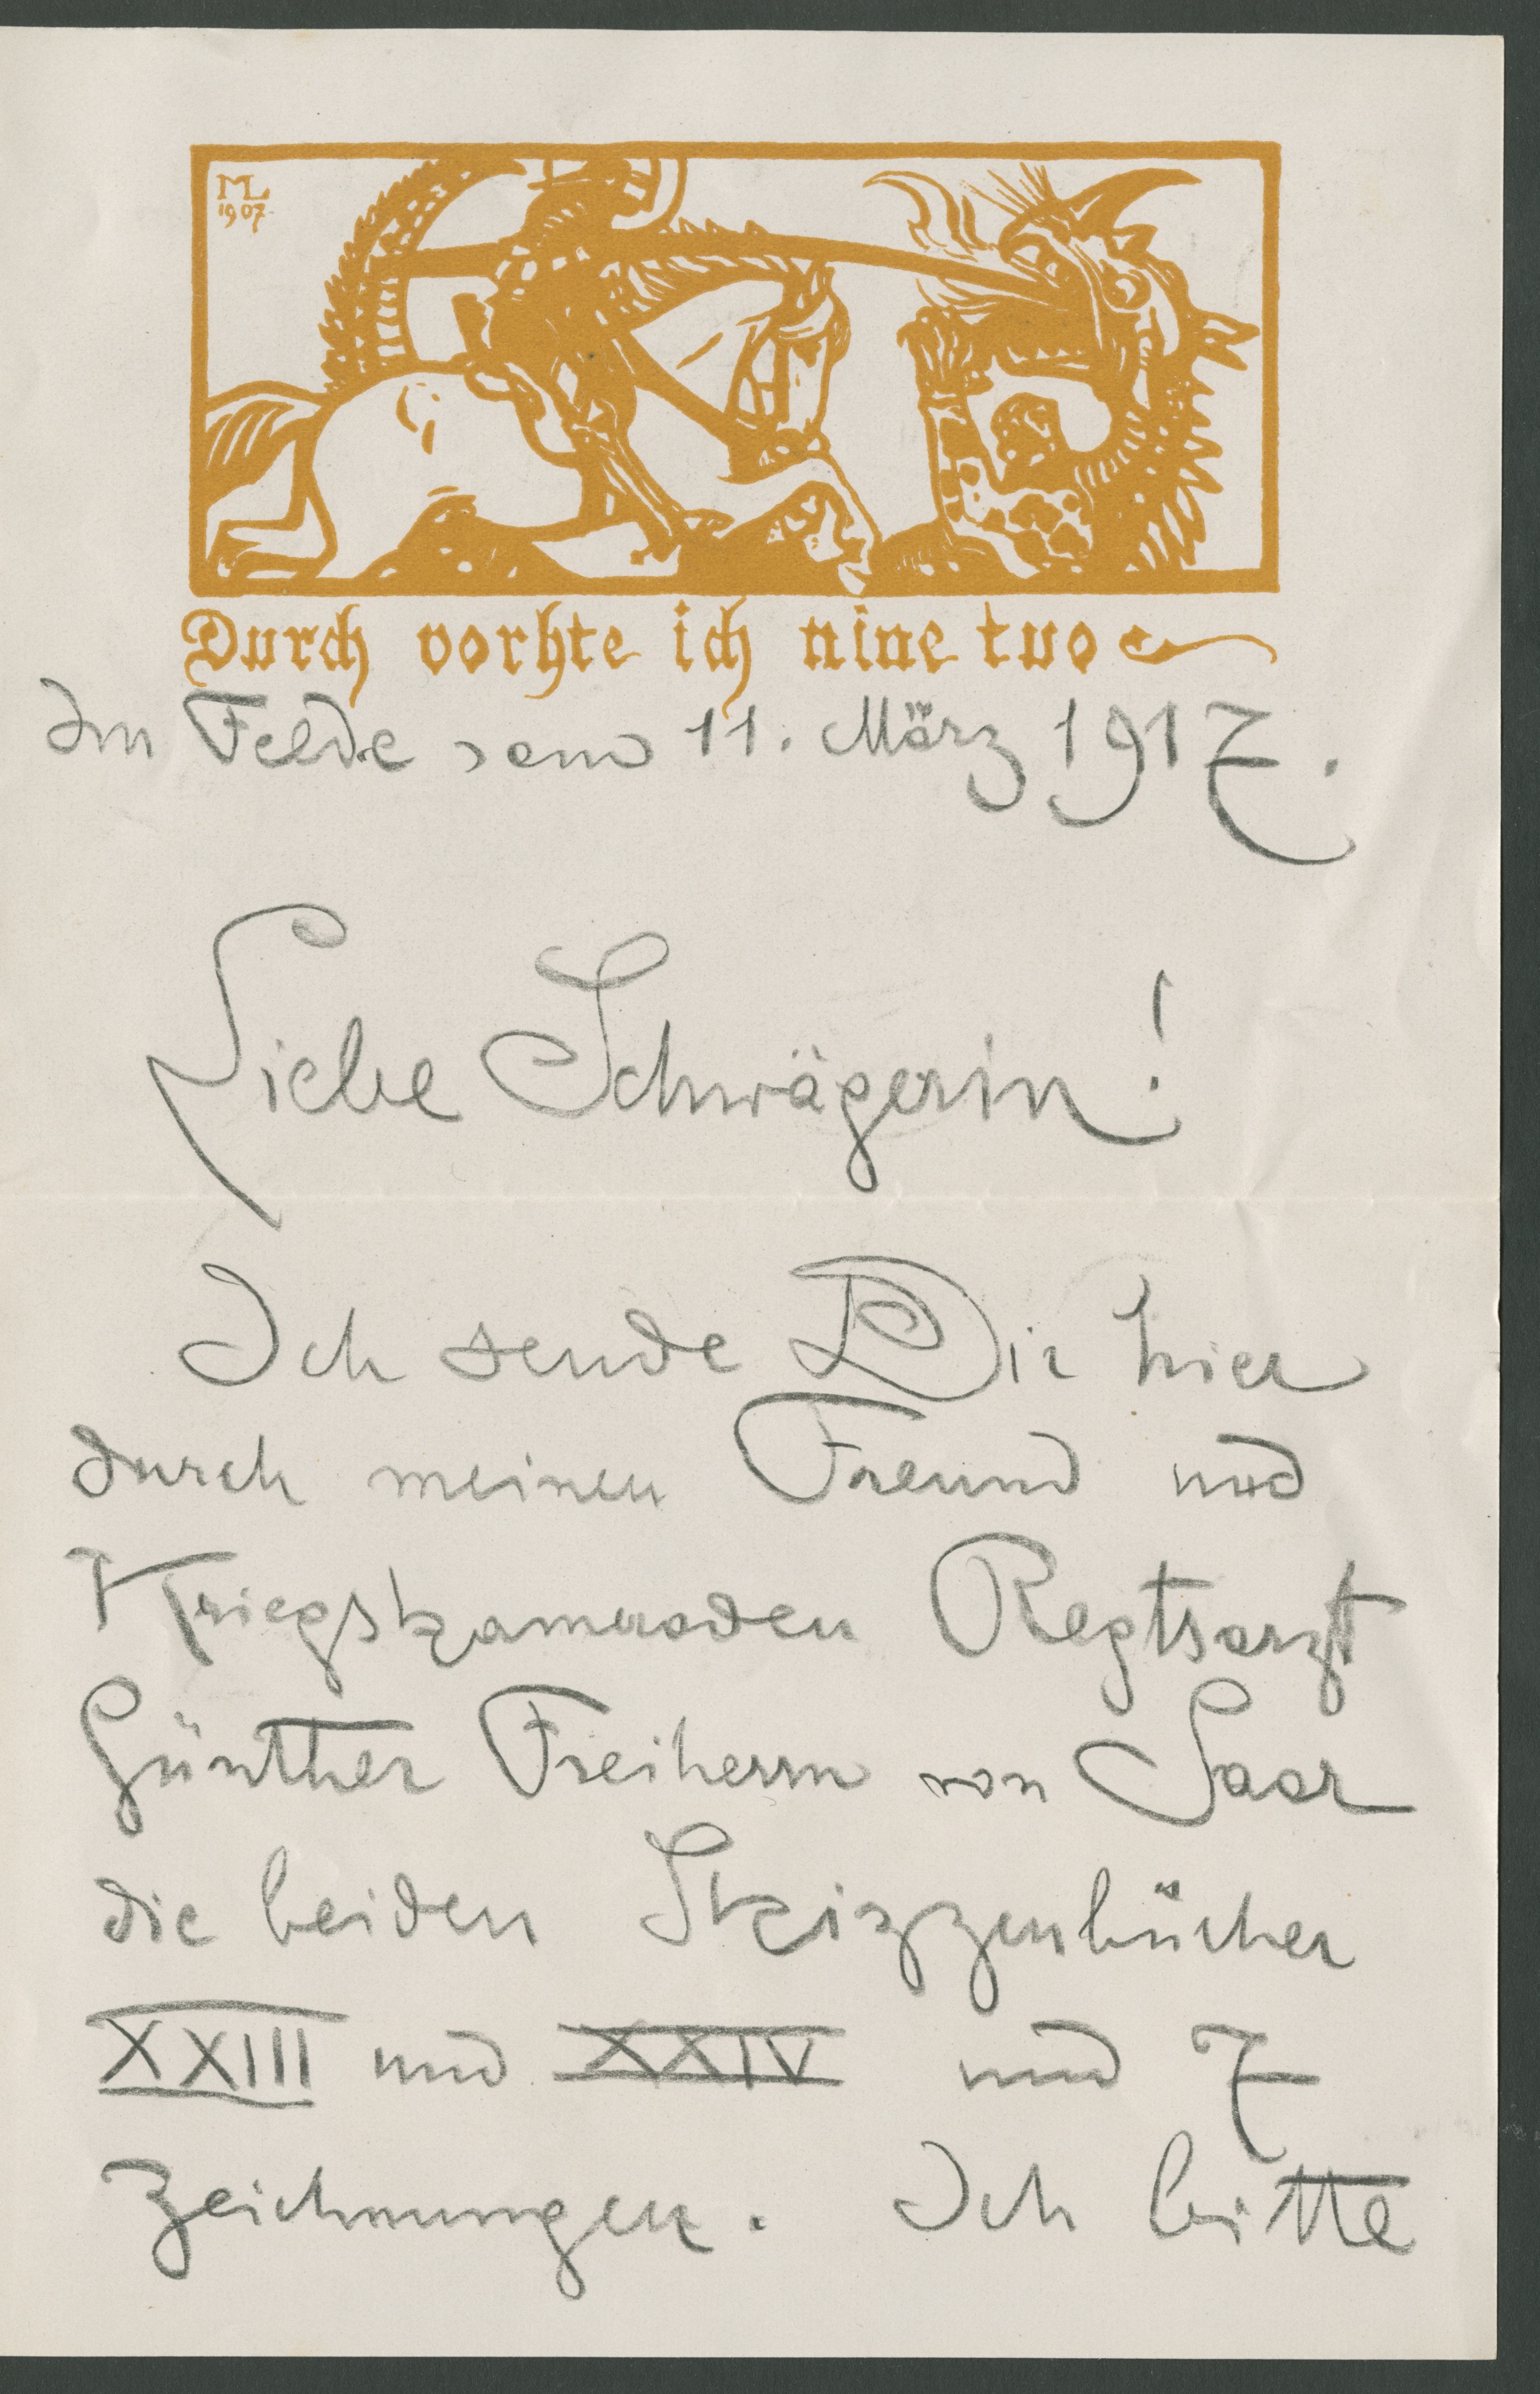
1907
Durch vorhte ich nin tuo
Im Felde, am 11. März 1917.
Liebe Schwägerin!
Ich sende Dir hier
durch meinen Freund und
Kriegskameraden Regtsarzt
Günther Freiherrn von Saar
die beiden Skizzenbücher
XXIII und XXIV und 7
Zeichnungen. Ich bitte